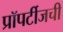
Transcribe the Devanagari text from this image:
प्रॉपर्टीजची